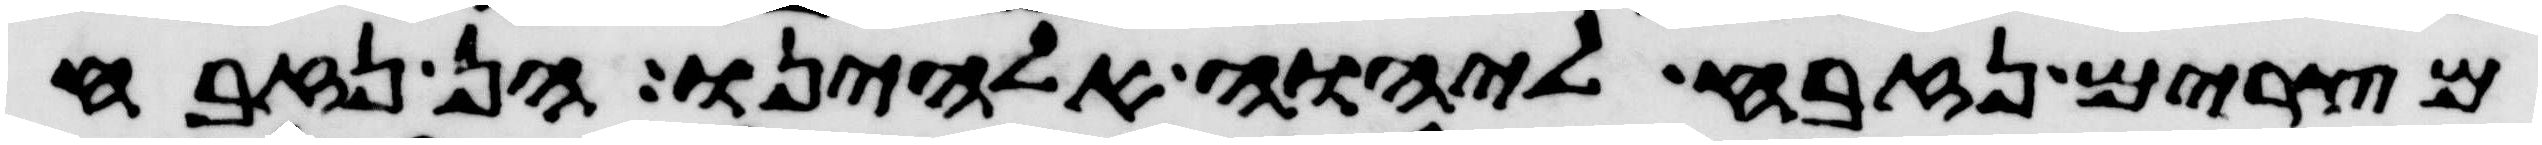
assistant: מצרים נזבח ליהוה אלהינו הן נזבח